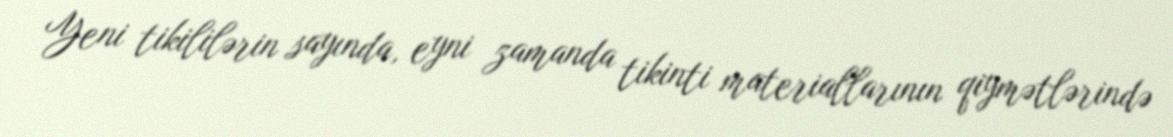
Yeni tikililərin sayında, eyni zamanda tikinti materiallarının qiymətlərində